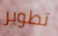
تطوير